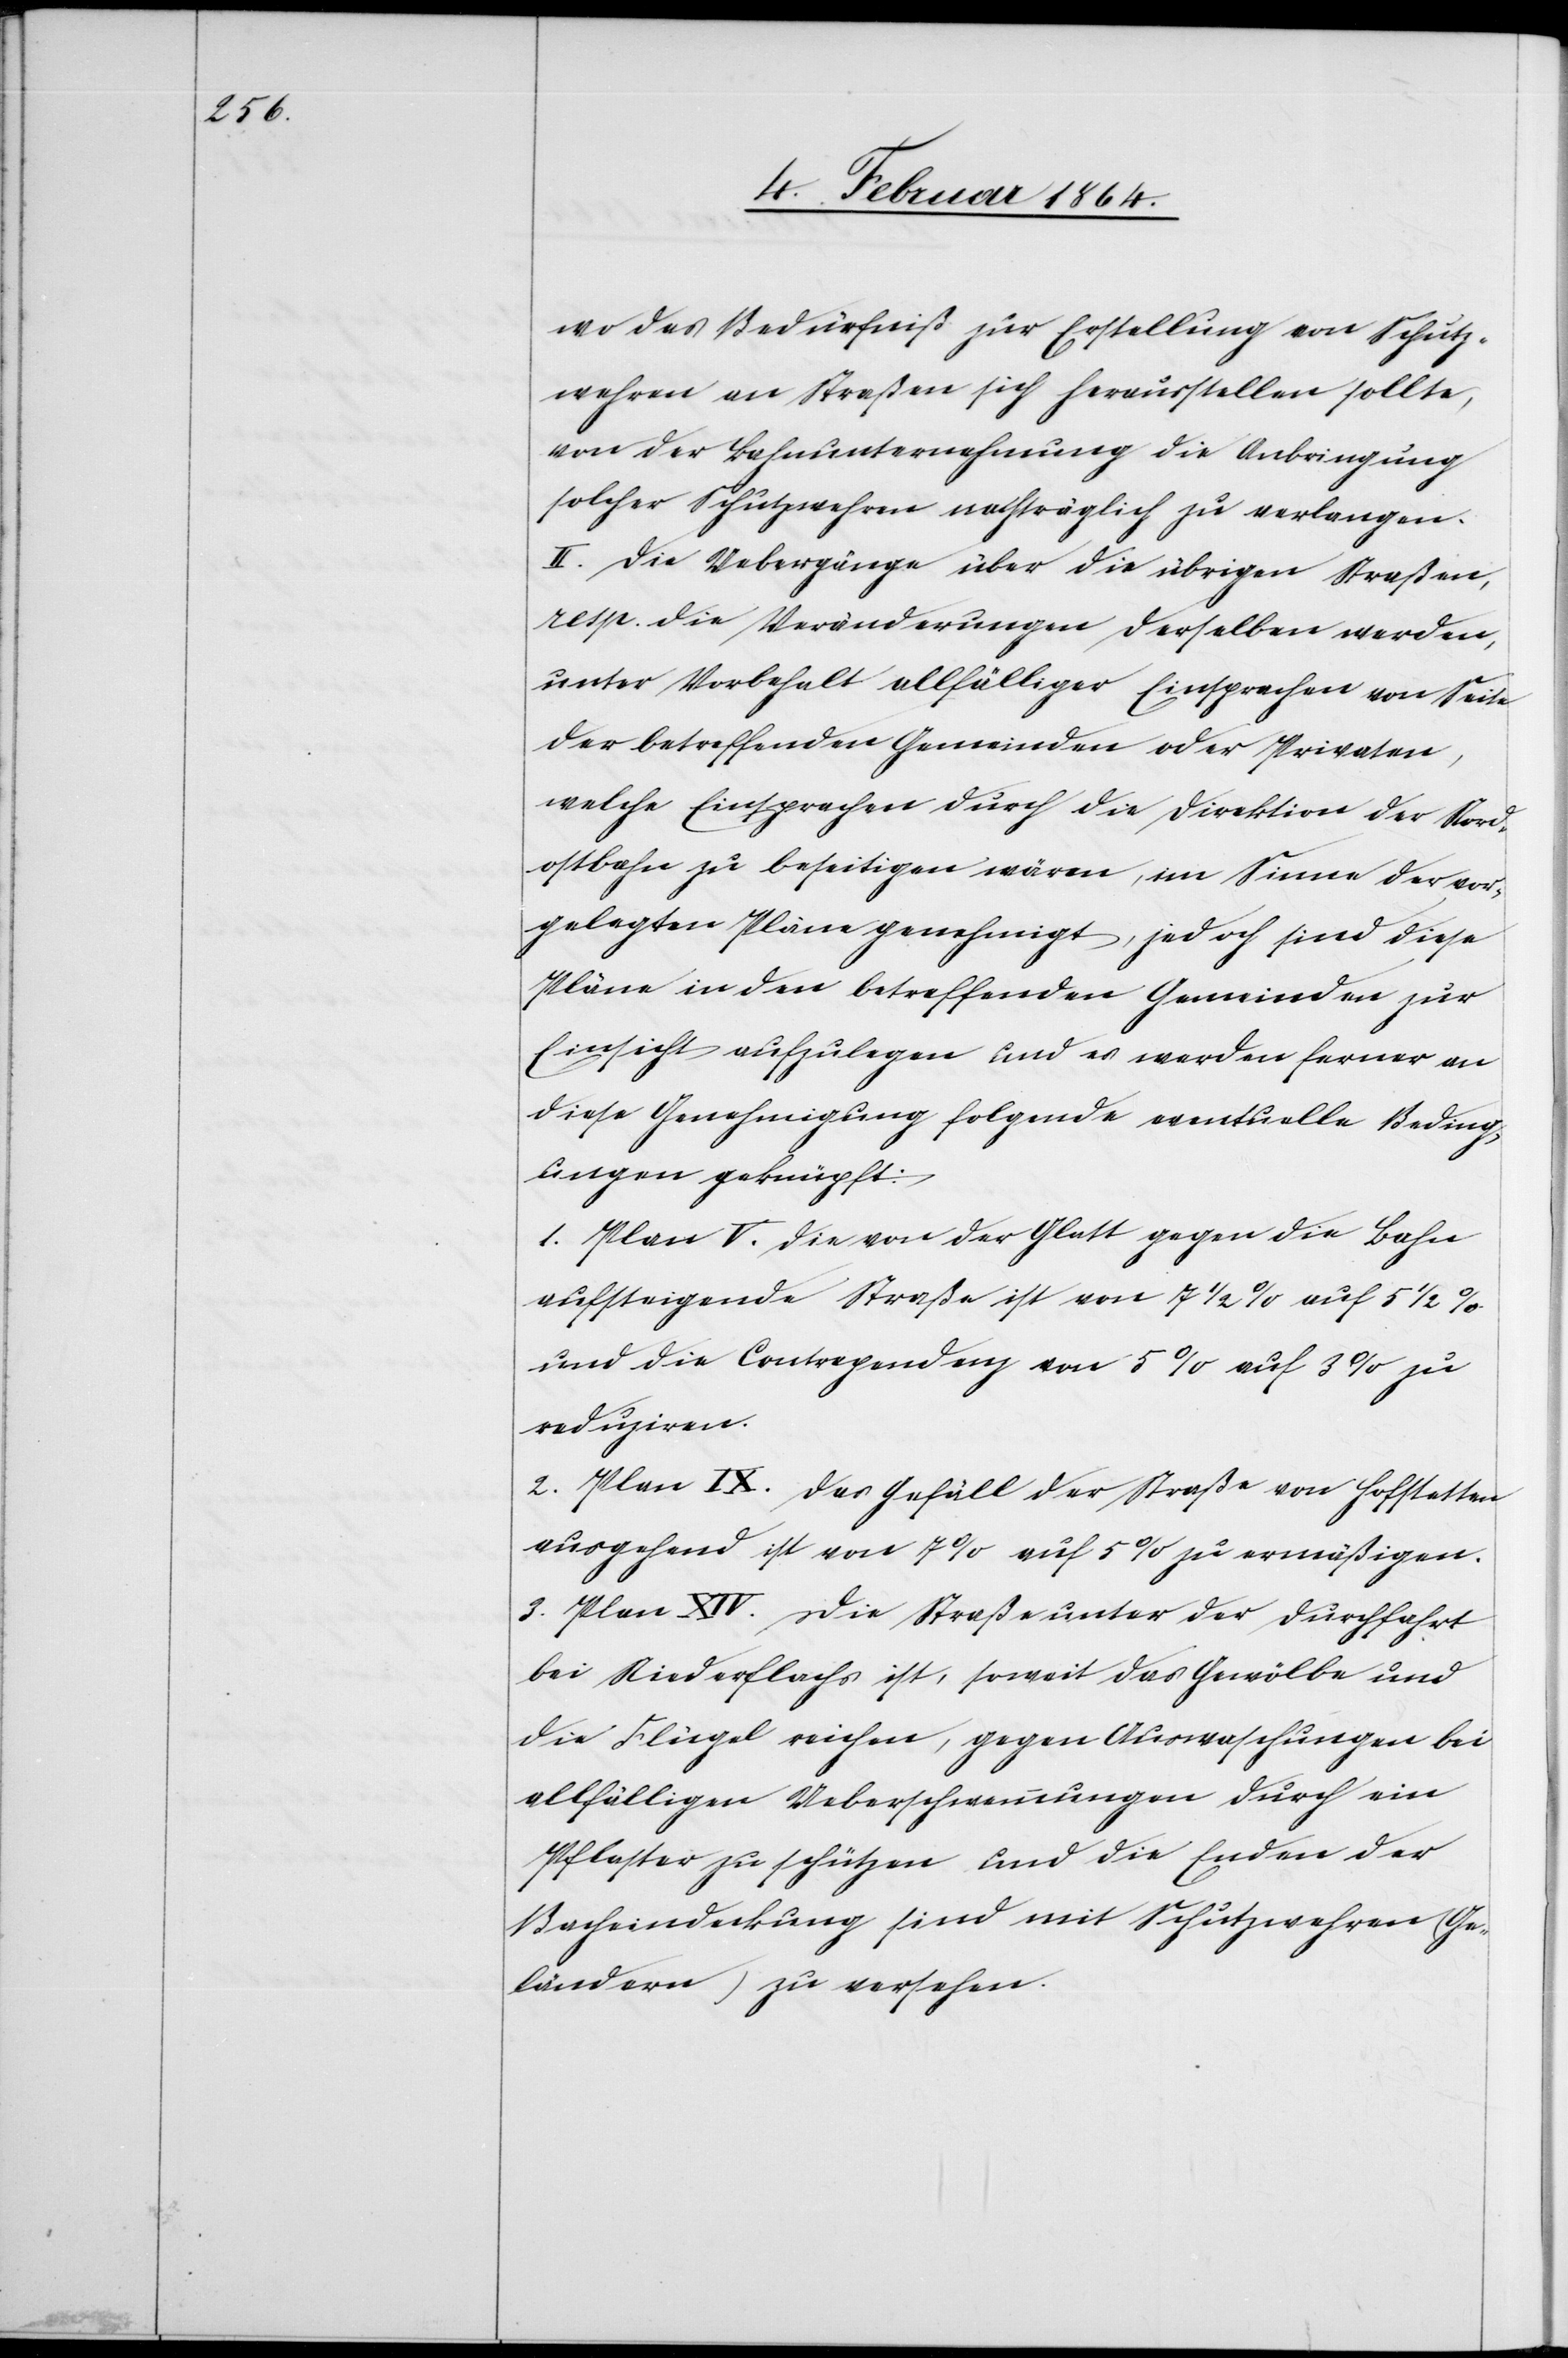
wo das Bedürfniß zur Erstellung von Schutz¬
wehren an Straßen sich herausstellen sollte,
von der Bahnunternehmung die Anbringung
solcher Schutzwehren nachträglich zu verlangen.
II. Die Uebergänge über die übrigen Straßen,
resp. die Veränderungen derselben werden
unter Vorbehalt allfälliger Einsprachen von Seite
der betreffenden Gemeinden oder Privaten,
welche Einsprachen durch die Direktion der Nord¬
ostbahn zu beseitigen wären, im Sinne der vor¬
gelegten Pläne genehmigt, jedoch sind diese
Pläne in den betreffenden Gemeinden zur
Einsicht aufzulegen und es werden ferner an
diese Genehmigung folgende eventuelle Beding¬
ungen geknüpft:
1. Plan V. Die von der Glatt gegen die Bahn
aufsteigende Straße ist von 7 1/2% auf 5 1/2%
und die Contrependenz von 5% auf 3% zu
reduziren.
2. Plan IX. Das Gefäll der Straße von Hofstetten
ausgehend ist von 7% auf 5% zu ermäßigen.
3. Plan XIV. Die Straße unter der Durchfahrt
bei Niederflachs ist, soweit das Gewölbe und
die Flügel reichen, gegen Auswaschungen bei
allfälligen Ueberschwemmungen durch ein
Pflaster zu schützen und die Enden der
Bacheindeckung sind mit Schutzwehren (Ge¬
ländern) zu versehen.